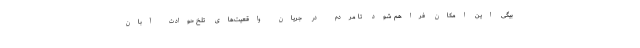
بیگی این امکان فراهم شود تا مردم در جریان واقعیت‌های تلخ حوادث آبان